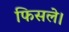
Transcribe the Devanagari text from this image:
फिसले।